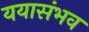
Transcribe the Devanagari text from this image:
ययासंभव